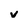
Character: v